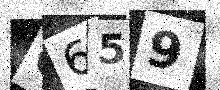
Text: O659